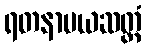
ရတနာမယဆတ္တံ